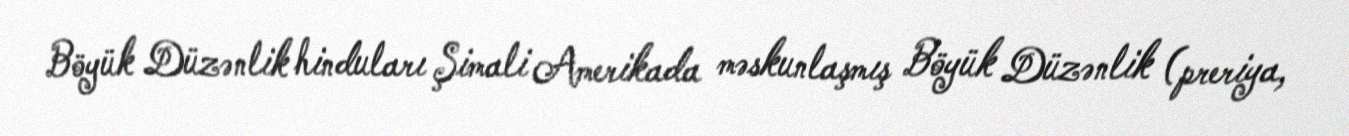
Böyük Düzənlik hinduları Şimali Amerikada məskunlaşmış Böyük Düzənlik (preriya,